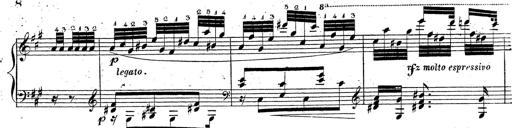
Title: Grande fantaisie sur la tyrolienne de l'opÃ©ra
Composer: Franz Liszt
Key: A major